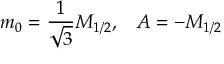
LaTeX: m _ { 0 } = \frac { 1 } { \sqrt { 3 } } M _ { 1 / 2 } , \; \; \; A = - M _ { 1 / 2 }